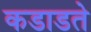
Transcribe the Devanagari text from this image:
कडाडते